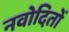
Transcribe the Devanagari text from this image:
नवोदितों